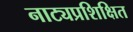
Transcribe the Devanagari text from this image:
नाट्यप्रशिक्षित